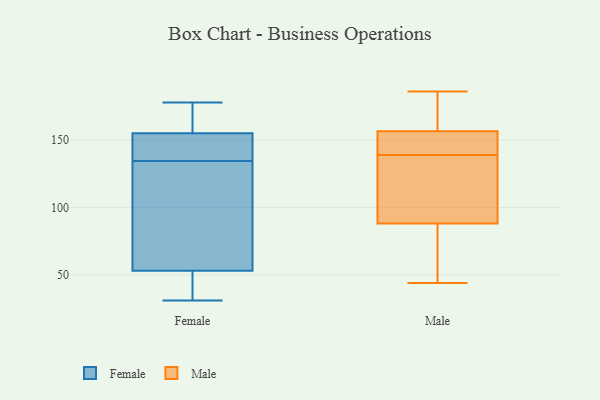
{"axis": {"x": "Revenue (USD Million)", "y": "Value"}, "legend": ["Female", "Male"], "data": [{"x": "", "y": 31, "type": "Female"}, {"x": "", "y": 53, "type": "Female"}, {"x": "", "y": 135, "type": "Female"}, {"x": "", "y": 168, "type": "Female"}, {"x": "", "y": 51, "type": "Female"}, {"x": "", "y": 155, "type": "Female"}, {"x": "", "y": 134, "type": "Female"}, {"x": "", "y": 135, "type": "Female"}, {"x": "", "y": 175, "type": "Female"}, {"x": "", "y": 35, "type": "Female"}, {"x": "", "y": 106, "type": "Female"}, {"x": "", "y": 59, "type": "Female"}, {"x": "", "y": 152, "type": "Female"}, {"x": "", "y": 178, "type": "Female"}, {"x": "", "y": 158, "type": "Male"}, {"x": "", "y": 186, "type": "Male"}, {"x": "", "y": 155, "type": "Male"}, {"x": "", "y": 154, "type": "Male"}, {"x": "", "y": 44, "type": "Male"}, {"x": "", "y": 137, "type": "Male"}, {"x": "", "y": 186, "type": "Male"}, {"x": "", "y": 104, "type": "Male"}, {"x": "", "y": 72, "type": "Male"}, {"x": "", "y": 139, "type": "Male"}, {"x": "", "y": 139, "type": "Male"}, {"x": "", "y": 66, "type": "Male"}]}